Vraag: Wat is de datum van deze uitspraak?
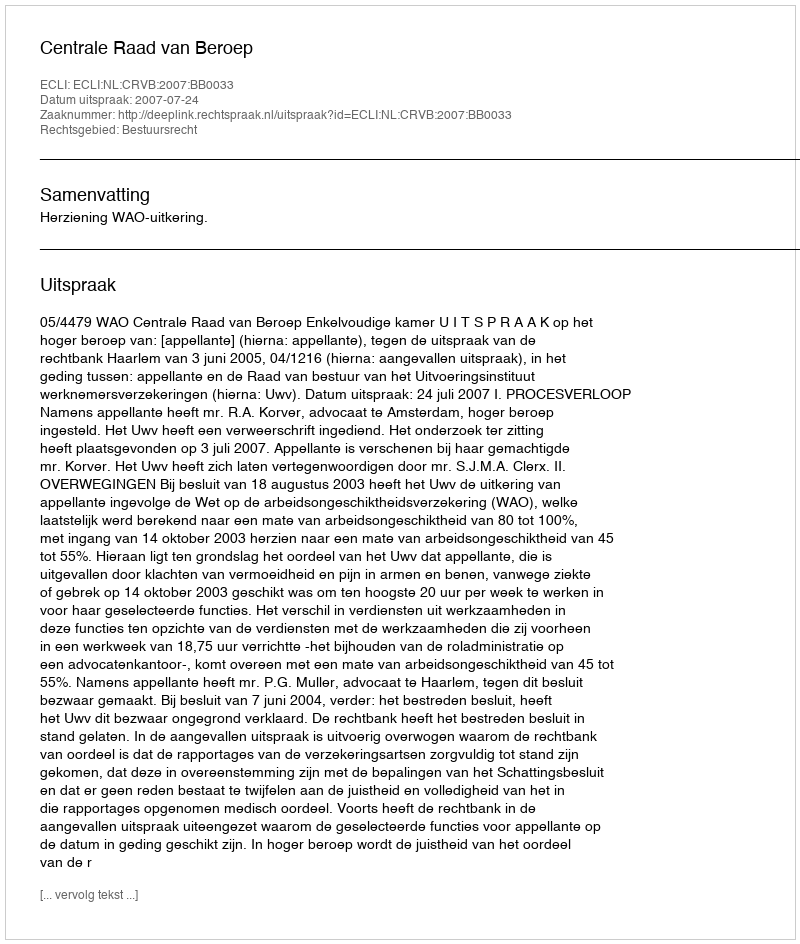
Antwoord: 2007-07-24